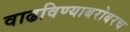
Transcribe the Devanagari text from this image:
वाढविण्याबरोबरच